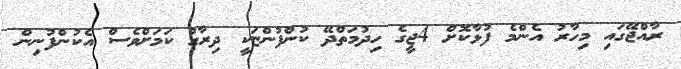
ރާއްޖޭގައި މިހާރު އެންމެ ފުޅާކޮށް 4ޖީގެ ހިދުމަތްދޭ ކުންފުންޏަކީ ދިރާގު ކަމަށްވެސް އެކުންފުނިން